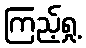
ကြည့်ရှု့